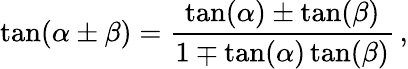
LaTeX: \tan(\alpha\pm\beta)={\frac{\tan(\alpha)\pm\tan(\beta)}{1\mp\tan(\alpha)\tan(\beta)}}\, ,